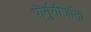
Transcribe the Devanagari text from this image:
पॊर्तुगीजांना